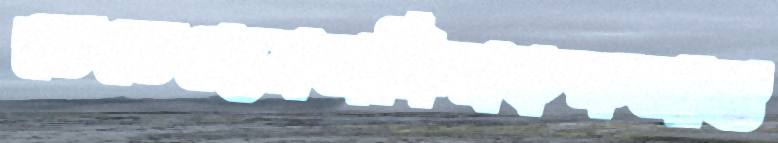
তেতেছেনঅফিসকক্ষআগু